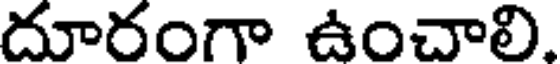
దూరంగా ఉంచాలి.